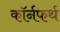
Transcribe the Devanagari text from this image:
कॉर्नफर्थ